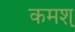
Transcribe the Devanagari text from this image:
कमश्